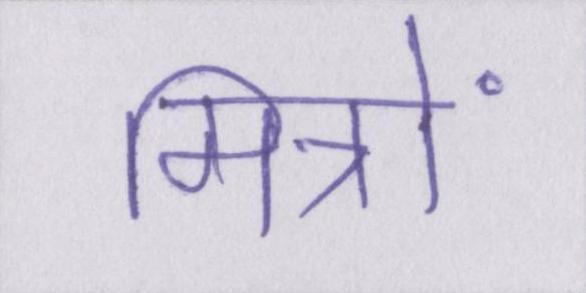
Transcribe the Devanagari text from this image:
मित्रों